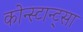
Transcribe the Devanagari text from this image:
कोन्स्टान्ट्सा